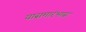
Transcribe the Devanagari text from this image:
यासमारंभास